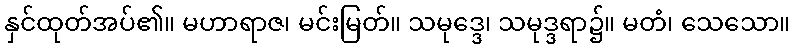
နှင်ထုတ်အပ်၏။ မဟာရာဇ၊ မင်းမြတ်။ သမုဒ္ဒေ၊ သမုဒ္ဒရာ၌။ မတံ၊ သေသော။